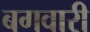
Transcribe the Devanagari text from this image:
बगवारी